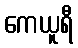
ကေယူရီ